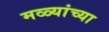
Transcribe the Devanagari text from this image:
मळ्यांच्या